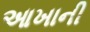
આખાની